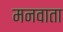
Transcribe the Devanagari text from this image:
मनवाता